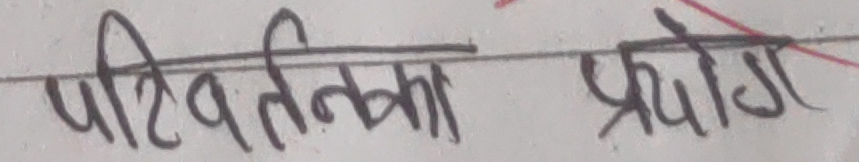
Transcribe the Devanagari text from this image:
परिवर्तनका प्रयोग